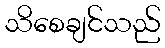
သိစေချင်သည်